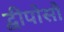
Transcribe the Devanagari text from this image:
द्वीपोसौ